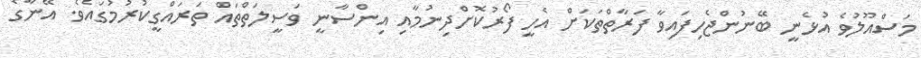
މަސްއޫލުވެ އުޅެނީ ބޭނުންޖެހިފައިވާ ފަރާތްތަކަށް އެހީ ފޯރުކޮށްދިނުމާއި އިންސާނީ ވަސީލަތްތައް ތަރައްގީކުރުމުގައެވެ. އޭނާގެ